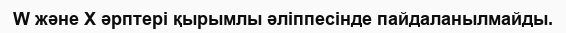
W және X әрптері қырымлы әліппесінде пайдаланылмайды.